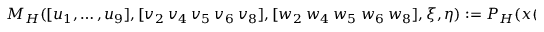
M _ { H } ( [ u _ { 1 } , \dots , u _ { 9 } ] , [ v _ { 2 } ~ v _ { 4 } ~ v _ { 5 } ~ v _ { 6 } ~ v _ { 8 } ] , [ w _ { 2 } ~ w _ { 4 } ~ w _ { 5 } ~ w _ { 6 } ~ w _ { 8 } ] , \xi , \eta ) : = P _ { H } ( x ( \xi ) , y ( \eta ) ) ,